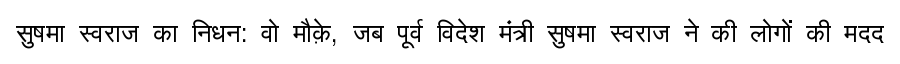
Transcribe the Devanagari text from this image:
सुषमा स्वराज का निधन: वो मौक़े, जब पूर्व विदेश मंत्री सुषमा स्वराज ने की लोगों की मदद